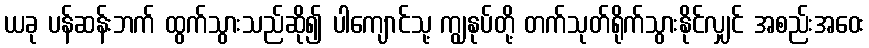
ယခု ပန်ဆန်းဘက် ထွက်သွားသည်ဆို၍ ပါကျောင်သု့ ကျွနုပ်တို့ တက်သုတ်ရိုက်သွားနိုင်လျှင် အစည်းအဝေး